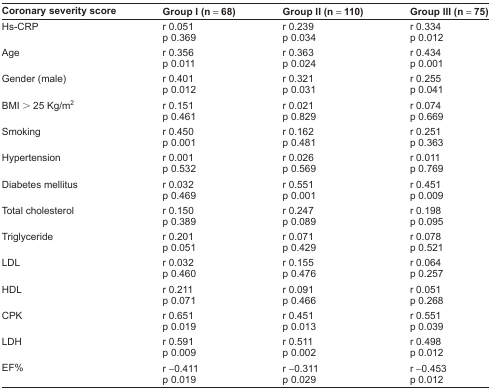
<table><thead><tr><td><b>Coronary severity score</b></td><td><b>Group I (n = 68)</b></td><td><b>Group II (n = 110)</b></td><td><b>Group III (n = 75)</b></td></tr></thead><tbody><tr><td rowspan="2">Hs-CRP</td><td>r 0.051</td><td>r 0.239</td><td>r 0.334</td></tr><tr><td>p 0.369</td><td>p 0.034</td><td>p 0.012</td></tr><tr><td rowspan="2">Age</td><td>r 0.356</td><td>r 0.363</td><td>r 0.434</td></tr><tr><td>p 0.011</td><td>p 0.024</td><td>p 0.001</td></tr><tr><td rowspan="2">Gender (male)</td><td>r 0.401</td><td>r 0.321</td><td>r 0.255</td></tr><tr><td>p 0.012</td><td>p 0.031</td><td>p 0.041</td></tr><tr><td rowspan="2">BMI &gt; 25 Kg/m<sup>2</sup></td><td>r 0.151</td><td>r 0.021</td><td>r 0.074</td></tr><tr><td>p 0.461</td><td>p 0.829</td><td>p 0.669</td></tr><tr><td rowspan="2">Smoking</td><td>r 0.450</td><td>r 0.162</td><td>r 0.251</td></tr><tr><td>p 0.001</td><td>p 0.481</td><td>p 0.363</td></tr><tr><td rowspan="2">Hypertension</td><td>r 0.001</td><td>r 0.026</td><td>r 0.011</td></tr><tr><td>p 0.532</td><td>p 0.569</td><td>p 0.769</td></tr><tr><td rowspan="2">Diabetes mellitus</td><td>r 0.032</td><td>r 0.551</td><td>r 0.451</td></tr><tr><td>p 0.469</td><td>p 0.001</td><td>p 0.009</td></tr><tr><td rowspan="2">Total cholesterol</td><td>r 0.150</td><td>r 0.247</td><td>r 0.198</td></tr><tr><td>p 0.389</td><td>p 0.089</td><td>p 0.095</td></tr><tr><td rowspan="2">Triglyceride</td><td>r 0.201</td><td>r 0.071</td><td>r 0.078</td></tr><tr><td>p 0.051</td><td>p 0.429</td><td>p 0.521</td></tr><tr><td rowspan="2">LDL</td><td>r 0.032</td><td>r 0.155</td><td>r 0.064</td></tr><tr><td>p 0.460</td><td>p 0.476</td><td>p 0.257</td></tr><tr><td rowspan="2">HDL</td><td>r 0.211</td><td>r 0.091</td><td>r 0.051</td></tr><tr><td>p 0.071</td><td>p 0.466</td><td>p 0.268</td></tr><tr><td rowspan="2">CPK</td><td>r 0.651</td><td>r 0.451</td><td>r 0.551</td></tr><tr><td>p 0.019</td><td>p 0.013</td><td>p 0.039</td></tr><tr><td rowspan="2">LDH</td><td>r 0.591</td><td>r 0.511</td><td>r 0.498</td></tr><tr><td>p 0.009</td><td>p 0.002</td><td>p 0.012</td></tr><tr><td rowspan="2">EF%</td><td>r −0.411</td><td>r −0.311</td><td>r −0.453</td></tr><tr><td>p 0.019</td><td>p 0.029</td><td>p 0.012</td></tr></tbody></table>